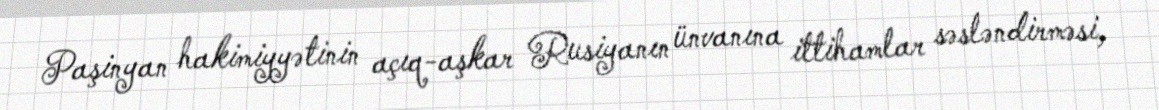
Paşinyan hakimiyyətinin açıq-aşkar Rusiyanın ünvanına ittihamlar səsləndirməsi,